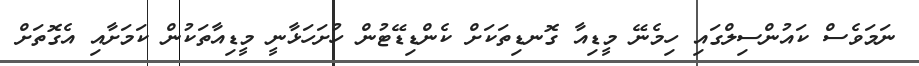
ނަމަވެސް ކައުންސިލްގައި ހިމެނޭ މީޑިއާ ގޮނޑިތަކަށް ކެންޑިޑޭޓުން ހުށަހަޅާނީ މީޑިއާތަކުން ކަމަށާއި އެގޮތަށް